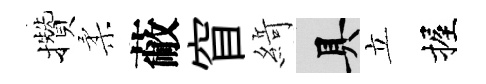
攢柔蔽窅𦂶具立握